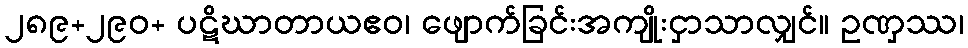
၂၈၉+၂၉၀+ ပဋိဃာတာယဧဝ၊ ဖျောက်ခြင်းအကျိုးငှာသာလျှင်။ ဥဏှဿ၊